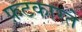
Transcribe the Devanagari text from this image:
फ़टकारते